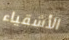
الأشقياء